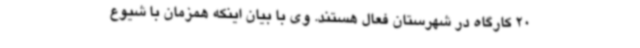
20 کارگاه در شهرستان فعال هستند. وی با بیان اینکه همزمان با شیوع